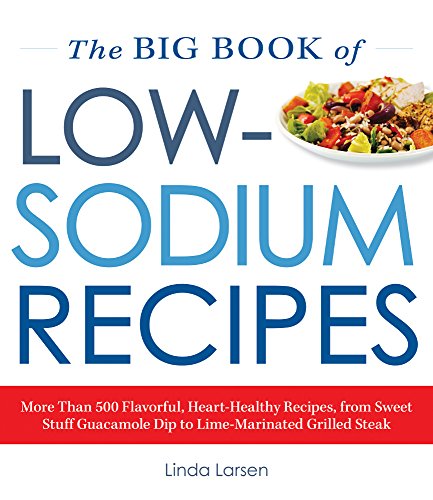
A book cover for The Big Book Of Low-Sodium Recipes: More Than 500 Flavorful, Heart-Healthy Recipes, from Sweet Stuff Guacamole Dip to Lime-Marinated Grilled Steak; Linda Larsen; Cookbooks, Food & Wine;